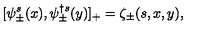
[ \psi _ { \pm } ^ { s } ( x ) , \psi _ { \pm } ^ { \dagger s } ( y ) ] _ { + } = \zeta _ { \pm } ( s , x , y ) ,